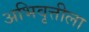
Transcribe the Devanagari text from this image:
अभिवृत्तीला